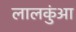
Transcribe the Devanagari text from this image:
लालकुंआ